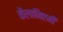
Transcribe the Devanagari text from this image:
कैलानिएमी